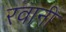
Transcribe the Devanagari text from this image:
रवानी